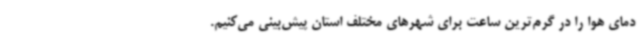
دمای هوا را در گرم‌ترین ساعت برای شهرهای مختلف استان پیش‌بینی می‌کنیم.